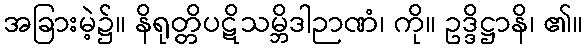
အခြားမဲ့၌။ နိရုတ္တိပဋိသမ္ဘိဒါဉာဏံ၊ ကို။ ဥဒ္ဒိဋ္ဌာနိ၊ ၏။